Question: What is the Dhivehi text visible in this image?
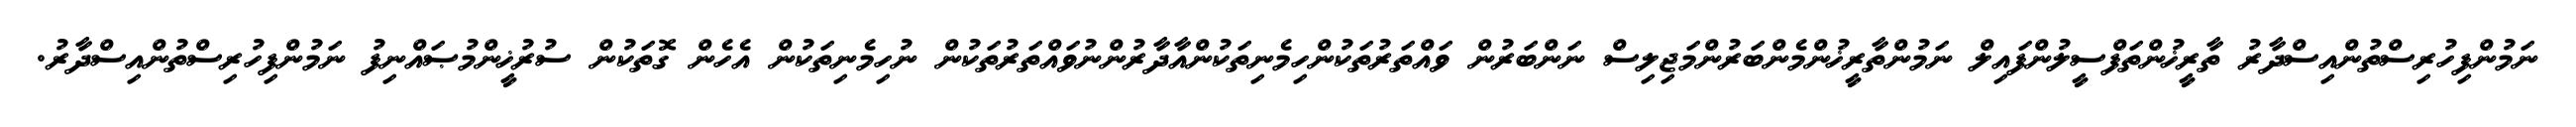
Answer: ނަމުންފިހުރިސްތުންއިސްދާރު ތާރީޚުންތަފްސީލުންފައިލް ނަމުންތާރީޚުންމެންބަރުންމަޖިލިސް ނަންބަރުން ވައްތަރުތަކުންހިމެނިތަކުންއާދާރުންނުވައްތަރުތަކުން ނުހިމެނިތަކުން އެހެން ގޮތަކުން ސުރުޚީންމުޞައްނިފު ނަމުންފިހުރިސްތުންއިސްދާރު.